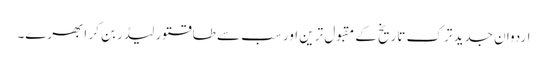
اردوان جدید ترک تاریخ کے مقبول ترین اور سب سے طاقتور لیڈر بن کر ابھرے۔